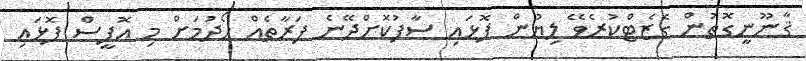
ޤާނޫނީގޮތުން ގެޒެޓްކުރެވޭ ލިޔުން ފޮޅައި ސާފުކޮށްދޭނެ ފަރާތެއް ހޯދުމަށް މި އޮފީސް ފޮޅައި